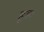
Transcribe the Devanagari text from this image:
हूडः